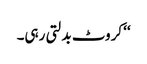
‘‘ کروٹ بدلتی رہی۔